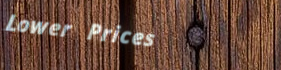
Lower Prices